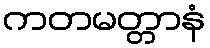
ကတမတ္တာနံ